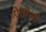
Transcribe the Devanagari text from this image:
ऐतौली